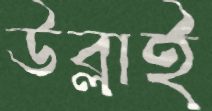
উব্লাই